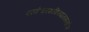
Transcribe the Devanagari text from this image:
परमेश्वरशक्तिपातमन्तरेण